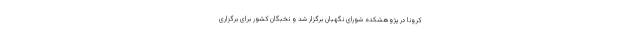
کرونا در پژوهشکده شورای نگهبان برگزار شد و نخبگان کشور برای برگزاری